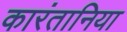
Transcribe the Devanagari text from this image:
कारंतानिया